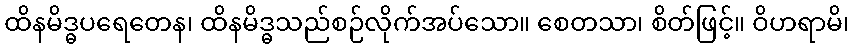
ထိနမိဒ္ဓပရေတေန၊ ထိနမိဒ္ဓသည်စဉ်လိုက်အပ်သော။ စေတသာ၊ စိတ်ဖြင့်။ ဝိဟရာမိ၊